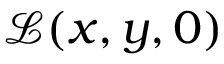
{ \mathcal { L } } ( x , y , 0 )